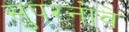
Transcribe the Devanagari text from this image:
सुपरनोवे